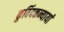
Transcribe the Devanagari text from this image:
कुविंदकन्यायां